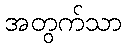
အတွက်သာ